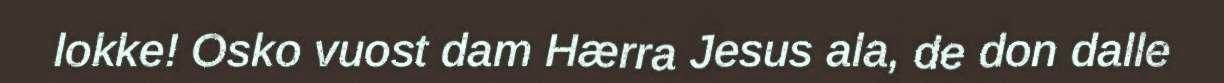
lokke! Osko vuost dam Hærra Jesus ala, de don dalle